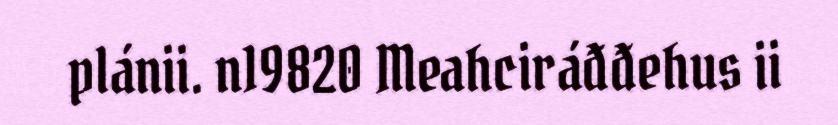
plánii. n19820 Meahciráđđehus ii